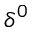
\delta ^ { 0 }